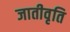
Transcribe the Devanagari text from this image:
जातीवृति